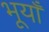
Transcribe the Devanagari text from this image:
भूयाँ